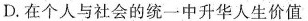
D.在个人与社会的统一中升华人生价值